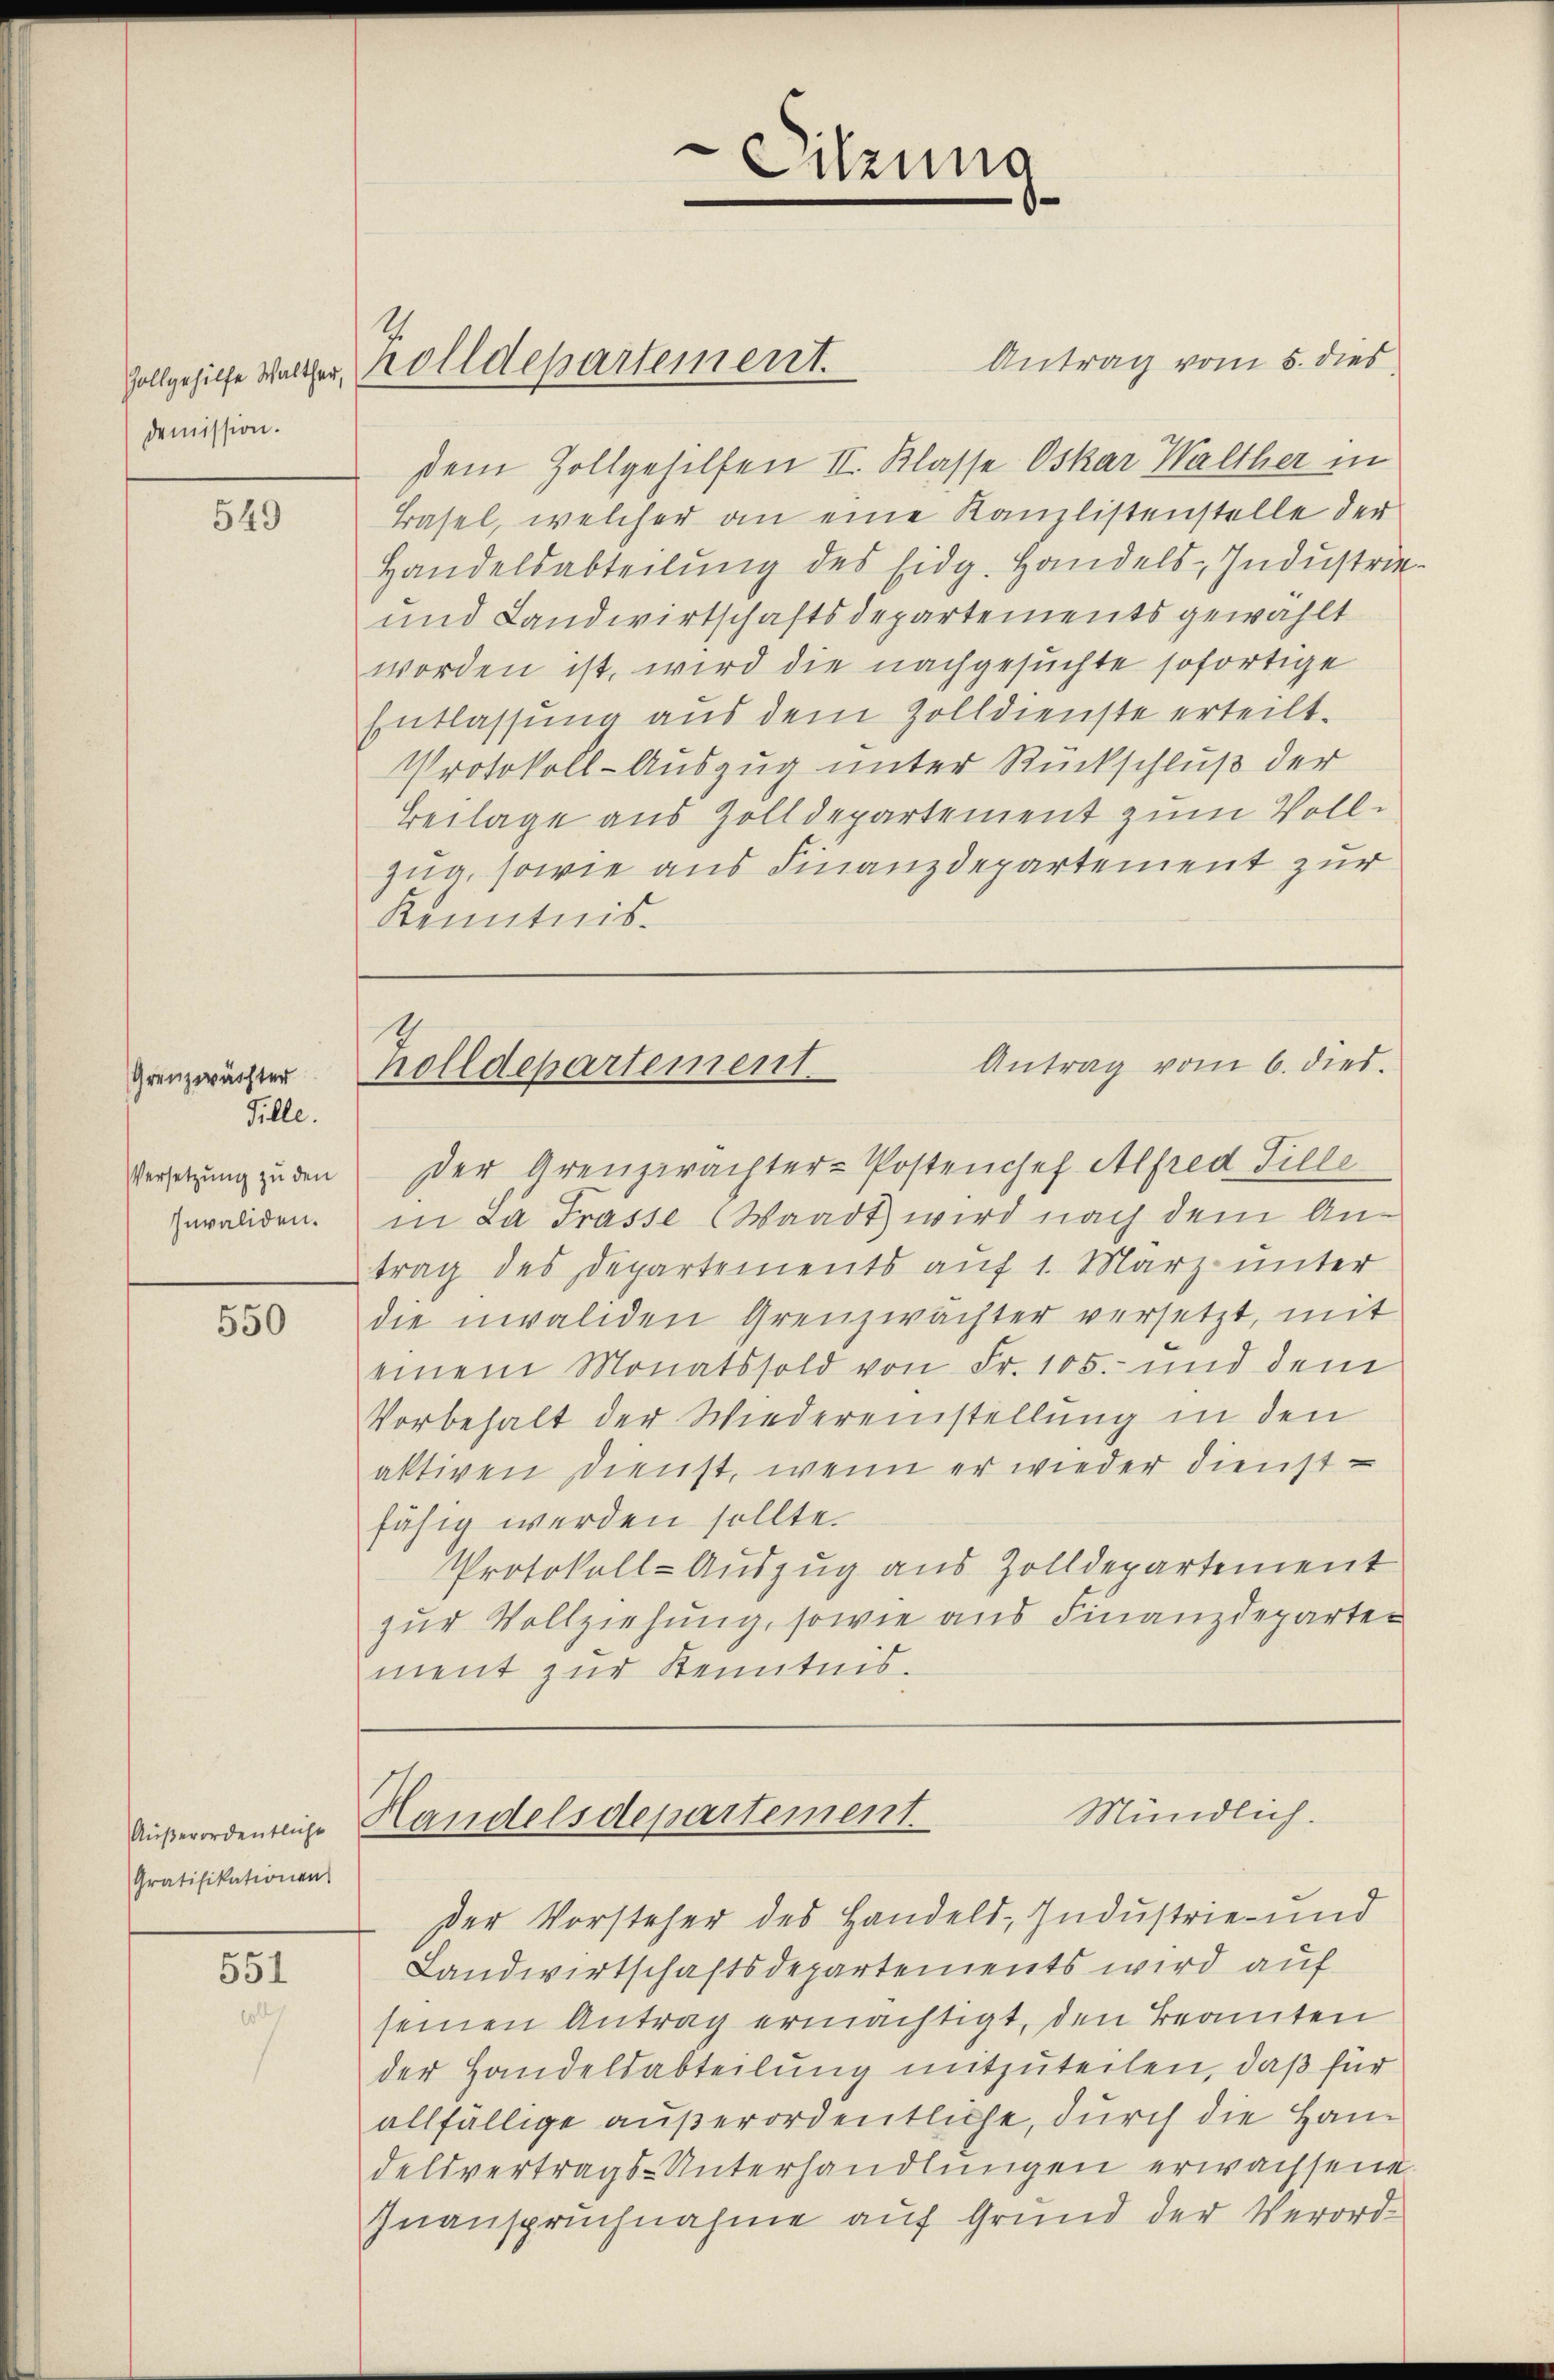
demission.

549

Grenzwächter
Fülle.
Versetzung zu den
Invaliden.

550

Außerordentliche
Gratifikationen

551

Antrag vom 5. dies
d
dem Zollgehilfen II. Klasse Oskar Walther in
Basel, welcher an eine Kanzlistenstelle der
Handelsabteilung des Eidg. Handels-Industrie¬
und Landwirtschaftsdepartements gewählt
worden ist, wird die nachgesuchte sofortige
Entlassung aus dem Zolldienste erteilt.
Protokoll-Auszug unter Rückschluß der
Beilage aus Zolldepartement zum Vollzna, sowie aus Finanzdepartement zur
Kenntnis.

vollgehilfe Walther, Zolldepartement

der Arenprächter-Postenchef Alfred Fille
in ca Frasse Waadt, wird nach dem Antrag des Departements auf 1. März unter
die invaliden Grenzwachter versetzt, mit
einem Monatssold von Fr. 105. und dem
Vorbehalt der Wiedereinstellung in den
aktiven Dienst, wenn er wieder dienstfähig werden sollte.
Protokoll-Auszug aus Zolldepartement
zur Vollziehung, sowie aus Finanzdeparter
ment zŭr Kenntnis.

Der Vorsteher des Handeld, Industrie und
Landwirtschaftsdepartements wird auf
seinen Antrag ermächtigt, den Beamten
der Handelsabteilung mitzuteilen, daß für
allfällige außerordentliche, durch die Handelsvertrags-Unterhandlungen erwachsene
Inanspruchnahme auf Grund der Verord¬

Sitzung

Antrag vom 6. dies
holldepartement.

Mündlich.
Handelsdepartement.